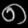
Digit: ၈